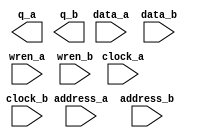
// megafunction wizard: %RAM: 2-PORT%VBB%
// GENERATION: STANDARD
// VERSION: WM1.0
// MODULE: altsyncram 

// ============================================================
// Megafunction Name(s):
// 			altsyncram
//
// Simulation Library Files(s):
// 			altera_mf
// ============================================================
// ************************************************************
// THIS IS A WIZARD-GENERATED FILE. DO NOT EDIT THIS FILE!
//
// 22.1std.0 Build 915 10/25/2022 SC Lite Edition
// ************************************************************

//Copyright (C) 2022  Intel Corporation. All rights reserved.
//Your use of Intel Corporation's design tools, logic functions 
//and other software and tools, and any partner logic 
//functions, and any output files from any of the foregoing 
//(including device programming or simulation files), and any 
//associated documentation or information are expressly subject 
//to the terms and conditions of the Intel Program License 
//Subscription Agreement, the Intel Quartus Prime License Agreement,
//the Intel FPGA IP License Agreement, or other applicable license
//agreement, including, without limitation, that your use is for
//the sole purpose of programming logic devices manufactured by
//Intel and sold by Intel or its authorized distributors.  Please
//refer to the applicable agreement for further details, at
//https://fpgasoftware.intel.com/eula.

module dataMemRAM (
	address_a,
	address_b,
	clock_a,
	clock_b,
	data_a,
	data_b,
	wren_a,
	wren_b,
	q_a,
	q_b);

	input	[15:0]  address_a;
	input	[15:0]  address_b;
	input	  clock_a;
	input	  clock_b;
	input	[7:0]  data_a;
	input	[7:0]  data_b;
	input	  wren_a;
	input	  wren_b;
	output	[7:0]  q_a;
	output	[7:0]  q_b;
`ifndef ALTERA_RESERVED_QIS
// synopsys translate_off
`endif
	tri1	  clock_a;
	tri0	  wren_a;
	tri0	  wren_b;
`ifndef ALTERA_RESERVED_QIS
// synopsys translate_on
`endif

endmodule

// ============================================================
// CNX file retrieval info
// ============================================================
// Retrieval info: PRIVATE: ADDRESSSTALL_A NUMERIC "0"
// Retrieval info: PRIVATE: ADDRESSSTALL_B NUMERIC "0"
// Retrieval info: PRIVATE: BYTEENA_ACLR_A NUMERIC "0"
// Retrieval info: PRIVATE: BYTEENA_ACLR_B NUMERIC "0"
// Retrieval info: PRIVATE: BYTE_ENABLE_A NUMERIC "0"
// Retrieval info: PRIVATE: BYTE_ENABLE_B NUMERIC "0"
// Retrieval info: PRIVATE: BYTE_SIZE NUMERIC "8"
// Retrieval info: PRIVATE: BlankMemory NUMERIC "0"
// Retrieval info: PRIVATE: CLOCK_ENABLE_INPUT_A NUMERIC "0"
// Retrieval info: PRIVATE: CLOCK_ENABLE_INPUT_B NUMERIC "0"
// Retrieval info: PRIVATE: CLOCK_ENABLE_OUTPUT_A NUMERIC "0"
// Retrieval info: PRIVATE: CLOCK_ENABLE_OUTPUT_B NUMERIC "0"
// Retrieval info: PRIVATE: CLRdata NUMERIC "0"
// Retrieval info: PRIVATE: CLRq NUMERIC "0"
// Retrieval info: PRIVATE: CLRrdaddress NUMERIC "0"
// Retrieval info: PRIVATE: CLRrren NUMERIC "0"
// Retrieval info: PRIVATE: CLRwraddress NUMERIC "0"
// Retrieval info: PRIVATE: CLRwren NUMERIC "0"
// Retrieval info: PRIVATE: Clock NUMERIC "5"
// Retrieval info: PRIVATE: Clock_A NUMERIC "0"
// Retrieval info: PRIVATE: Clock_B NUMERIC "0"
// Retrieval info: PRIVATE: IMPLEMENT_IN_LES NUMERIC "0"
// Retrieval info: PRIVATE: INDATA_ACLR_B NUMERIC "0"
// Retrieval info: PRIVATE: INDATA_REG_B NUMERIC "1"
// Retrieval info: PRIVATE: INIT_FILE_LAYOUT STRING "PORT_A"
// Retrieval info: PRIVATE: INIT_TO_SIM_X NUMERIC "0"
// Retrieval info: PRIVATE: INTENDED_DEVICE_FAMILY STRING "Cyclone V"
// Retrieval info: PRIVATE: JTAG_ENABLED NUMERIC "0"
// Retrieval info: PRIVATE: JTAG_ID STRING "NONE"
// Retrieval info: PRIVATE: MAXIMUM_DEPTH NUMERIC "0"
// Retrieval info: PRIVATE: MEMSIZE NUMERIC "524288"
// Retrieval info: PRIVATE: MEM_IN_BITS NUMERIC "0"
// Retrieval info: PRIVATE: MIFfilename STRING "Ram.mif"
// Retrieval info: PRIVATE: OPERATION_MODE NUMERIC "3"
// Retrieval info: PRIVATE: OUTDATA_ACLR_B NUMERIC "0"
// Retrieval info: PRIVATE: OUTDATA_REG_B NUMERIC "1"
// Retrieval info: PRIVATE: RAM_BLOCK_TYPE NUMERIC "0"
// Retrieval info: PRIVATE: READ_DURING_WRITE_MODE_MIXED_PORTS NUMERIC "2"
// Retrieval info: PRIVATE: READ_DURING_WRITE_MODE_PORT_A NUMERIC "3"
// Retrieval info: PRIVATE: READ_DURING_WRITE_MODE_PORT_B NUMERIC "3"
// Retrieval info: PRIVATE: REGdata NUMERIC "1"
// Retrieval info: PRIVATE: REGq NUMERIC "1"
// Retrieval info: PRIVATE: REGrdaddress NUMERIC "0"
// Retrieval info: PRIVATE: REGrren NUMERIC "0"
// Retrieval info: PRIVATE: REGwraddress NUMERIC "1"
// Retrieval info: PRIVATE: REGwren NUMERIC "1"
// Retrieval info: PRIVATE: SYNTH_WRAPPER_GEN_POSTFIX STRING "0"
// Retrieval info: PRIVATE: USE_DIFF_CLKEN NUMERIC "0"
// Retrieval info: PRIVATE: UseDPRAM NUMERIC "1"
// Retrieval info: PRIVATE: VarWidth NUMERIC "0"
// Retrieval info: PRIVATE: WIDTH_READ_A NUMERIC "8"
// Retrieval info: PRIVATE: WIDTH_READ_B NUMERIC "8"
// Retrieval info: PRIVATE: WIDTH_WRITE_A NUMERIC "8"
// Retrieval info: PRIVATE: WIDTH_WRITE_B NUMERIC "8"
// Retrieval info: PRIVATE: WRADDR_ACLR_B NUMERIC "0"
// Retrieval info: PRIVATE: WRADDR_REG_B NUMERIC "1"
// Retrieval info: PRIVATE: WRCTRL_ACLR_B NUMERIC "0"
// Retrieval info: PRIVATE: enable NUMERIC "0"
// Retrieval info: PRIVATE: rden NUMERIC "0"
// Retrieval info: LIBRARY: altera_mf altera_mf.altera_mf_components.all
// Retrieval info: CONSTANT: ADDRESS_REG_B STRING "CLOCK1"
// Retrieval info: CONSTANT: CLOCK_ENABLE_INPUT_A STRING "BYPASS"
// Retrieval info: CONSTANT: CLOCK_ENABLE_INPUT_B STRING "BYPASS"
// Retrieval info: CONSTANT: CLOCK_ENABLE_OUTPUT_A STRING "BYPASS"
// Retrieval info: CONSTANT: CLOCK_ENABLE_OUTPUT_B STRING "BYPASS"
// Retrieval info: CONSTANT: INDATA_REG_B STRING "CLOCK1"
// Retrieval info: CONSTANT: INIT_FILE STRING "Ram.mif"
// Retrieval info: CONSTANT: INTENDED_DEVICE_FAMILY STRING "Cyclone V"
// Retrieval info: CONSTANT: LPM_TYPE STRING "altsyncram"
// Retrieval info: CONSTANT: NUMWORDS_A NUMERIC "65536"
// Retrieval info: CONSTANT: NUMWORDS_B NUMERIC "65536"
// Retrieval info: CONSTANT: OPERATION_MODE STRING "BIDIR_DUAL_PORT"
// Retrieval info: CONSTANT: OUTDATA_ACLR_A STRING "NONE"
// Retrieval info: CONSTANT: OUTDATA_ACLR_B STRING "NONE"
// Retrieval info: CONSTANT: OUTDATA_REG_A STRING "CLOCK0"
// Retrieval info: CONSTANT: OUTDATA_REG_B STRING "CLOCK1"
// Retrieval info: CONSTANT: POWER_UP_UNINITIALIZED STRING "FALSE"
// Retrieval info: CONSTANT: READ_DURING_WRITE_MODE_PORT_A STRING "NEW_DATA_NO_NBE_READ"
// Retrieval info: CONSTANT: READ_DURING_WRITE_MODE_PORT_B STRING "NEW_DATA_NO_NBE_READ"
// Retrieval info: CONSTANT: WIDTHAD_A NUMERIC "16"
// Retrieval info: CONSTANT: WIDTHAD_B NUMERIC "16"
// Retrieval info: CONSTANT: WIDTH_A NUMERIC "8"
// Retrieval info: CONSTANT: WIDTH_B NUMERIC "8"
// Retrieval info: CONSTANT: WIDTH_BYTEENA_A NUMERIC "1"
// Retrieval info: CONSTANT: WIDTH_BYTEENA_B NUMERIC "1"
// Retrieval info: CONSTANT: WRCONTROL_WRADDRESS_REG_B STRING "CLOCK1"
// Retrieval info: USED_PORT: address_a 0 0 16 0 INPUT NODEFVAL "address_a[15..0]"
// Retrieval info: USED_PORT: address_b 0 0 16 0 INPUT NODEFVAL "address_b[15..0]"
// Retrieval info: USED_PORT: clock_a 0 0 0 0 INPUT VCC "clock_a"
// Retrieval info: USED_PORT: clock_b 0 0 0 0 INPUT NODEFVAL "clock_b"
// Retrieval info: USED_PORT: data_a 0 0 8 0 INPUT NODEFVAL "data_a[7..0]"
// Retrieval info: USED_PORT: data_b 0 0 8 0 INPUT NODEFVAL "data_b[7..0]"
// Retrieval info: USED_PORT: q_a 0 0 8 0 OUTPUT NODEFVAL "q_a[7..0]"
// Retrieval info: USED_PORT: q_b 0 0 8 0 OUTPUT NODEFVAL "q_b[7..0]"
// Retrieval info: USED_PORT: wren_a 0 0 0 0 INPUT GND "wren_a"
// Retrieval info: USED_PORT: wren_b 0 0 0 0 INPUT GND "wren_b"
// Retrieval info: CONNECT: @address_a 0 0 16 0 address_a 0 0 16 0
// Retrieval info: CONNECT: @address_b 0 0 16 0 address_b 0 0 16 0
// Retrieval info: CONNECT: @clock0 0 0 0 0 clock_a 0 0 0 0
// Retrieval info: CONNECT: @clock1 0 0 0 0 clock_b 0 0 0 0
// Retrieval info: CONNECT: @data_a 0 0 8 0 data_a 0 0 8 0
// Retrieval info: CONNECT: @data_b 0 0 8 0 data_b 0 0 8 0
// Retrieval info: CONNECT: @wren_a 0 0 0 0 wren_a 0 0 0 0
// Retrieval info: CONNECT: @wren_b 0 0 0 0 wren_b 0 0 0 0
// Retrieval info: CONNECT: q_a 0 0 8 0 @q_a 0 0 8 0
// Retrieval info: CONNECT: q_b 0 0 8 0 @q_b 0 0 8 0
// Retrieval info: GEN_FILE: TYPE_NORMAL dataMemRAM.v TRUE
// Retrieval info: GEN_FILE: TYPE_NORMAL dataMemRAM.inc FALSE
// Retrieval info: GEN_FILE: TYPE_NORMAL dataMemRAM.cmp FALSE
// Retrieval info: GEN_FILE: TYPE_NORMAL dataMemRAM.bsf FALSE
// Retrieval info: GEN_FILE: TYPE_NORMAL dataMemRAM_inst.v FALSE
// Retrieval info: GEN_FILE: TYPE_NORMAL dataMemRAM_bb.v TRUE
// Retrieval info: LIB_FILE: altera_mf